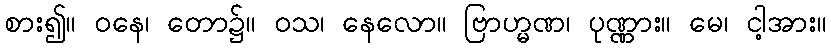
စား၍။ ဝနေ၊ တော၌။ ဝသ၊ နေလော။ ဗြာဟ္မဏ၊ ပုဏ္ဏား။ မေ၊ ငါ့အား။